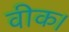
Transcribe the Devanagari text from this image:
वीक।